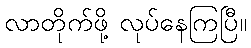
လာတိုက်ဖို့ လုပ်နေကြပြီ။